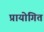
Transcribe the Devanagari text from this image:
प्रायोगित